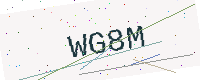
Text: WG8M